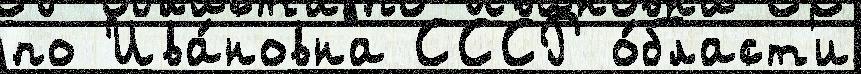
по Ива́новна СССР о́бласт'и